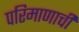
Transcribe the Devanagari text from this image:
परिमाणाची